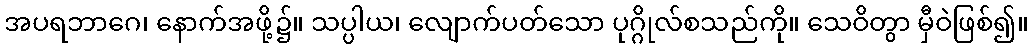
အပရဘာဂေ၊ နောက်အဖို့၌။ သပ္ပါယ၊ လျောက်ပတ်သော ပုဂ္ဂိုလ်စသည်ကို။ သေဝိတွာ မှီဝဲဖြစ်၍။